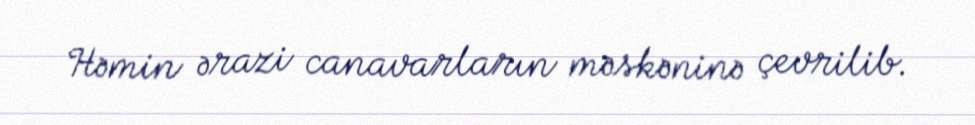
Həmin ərazi canavarların məskəninə çevrilib.